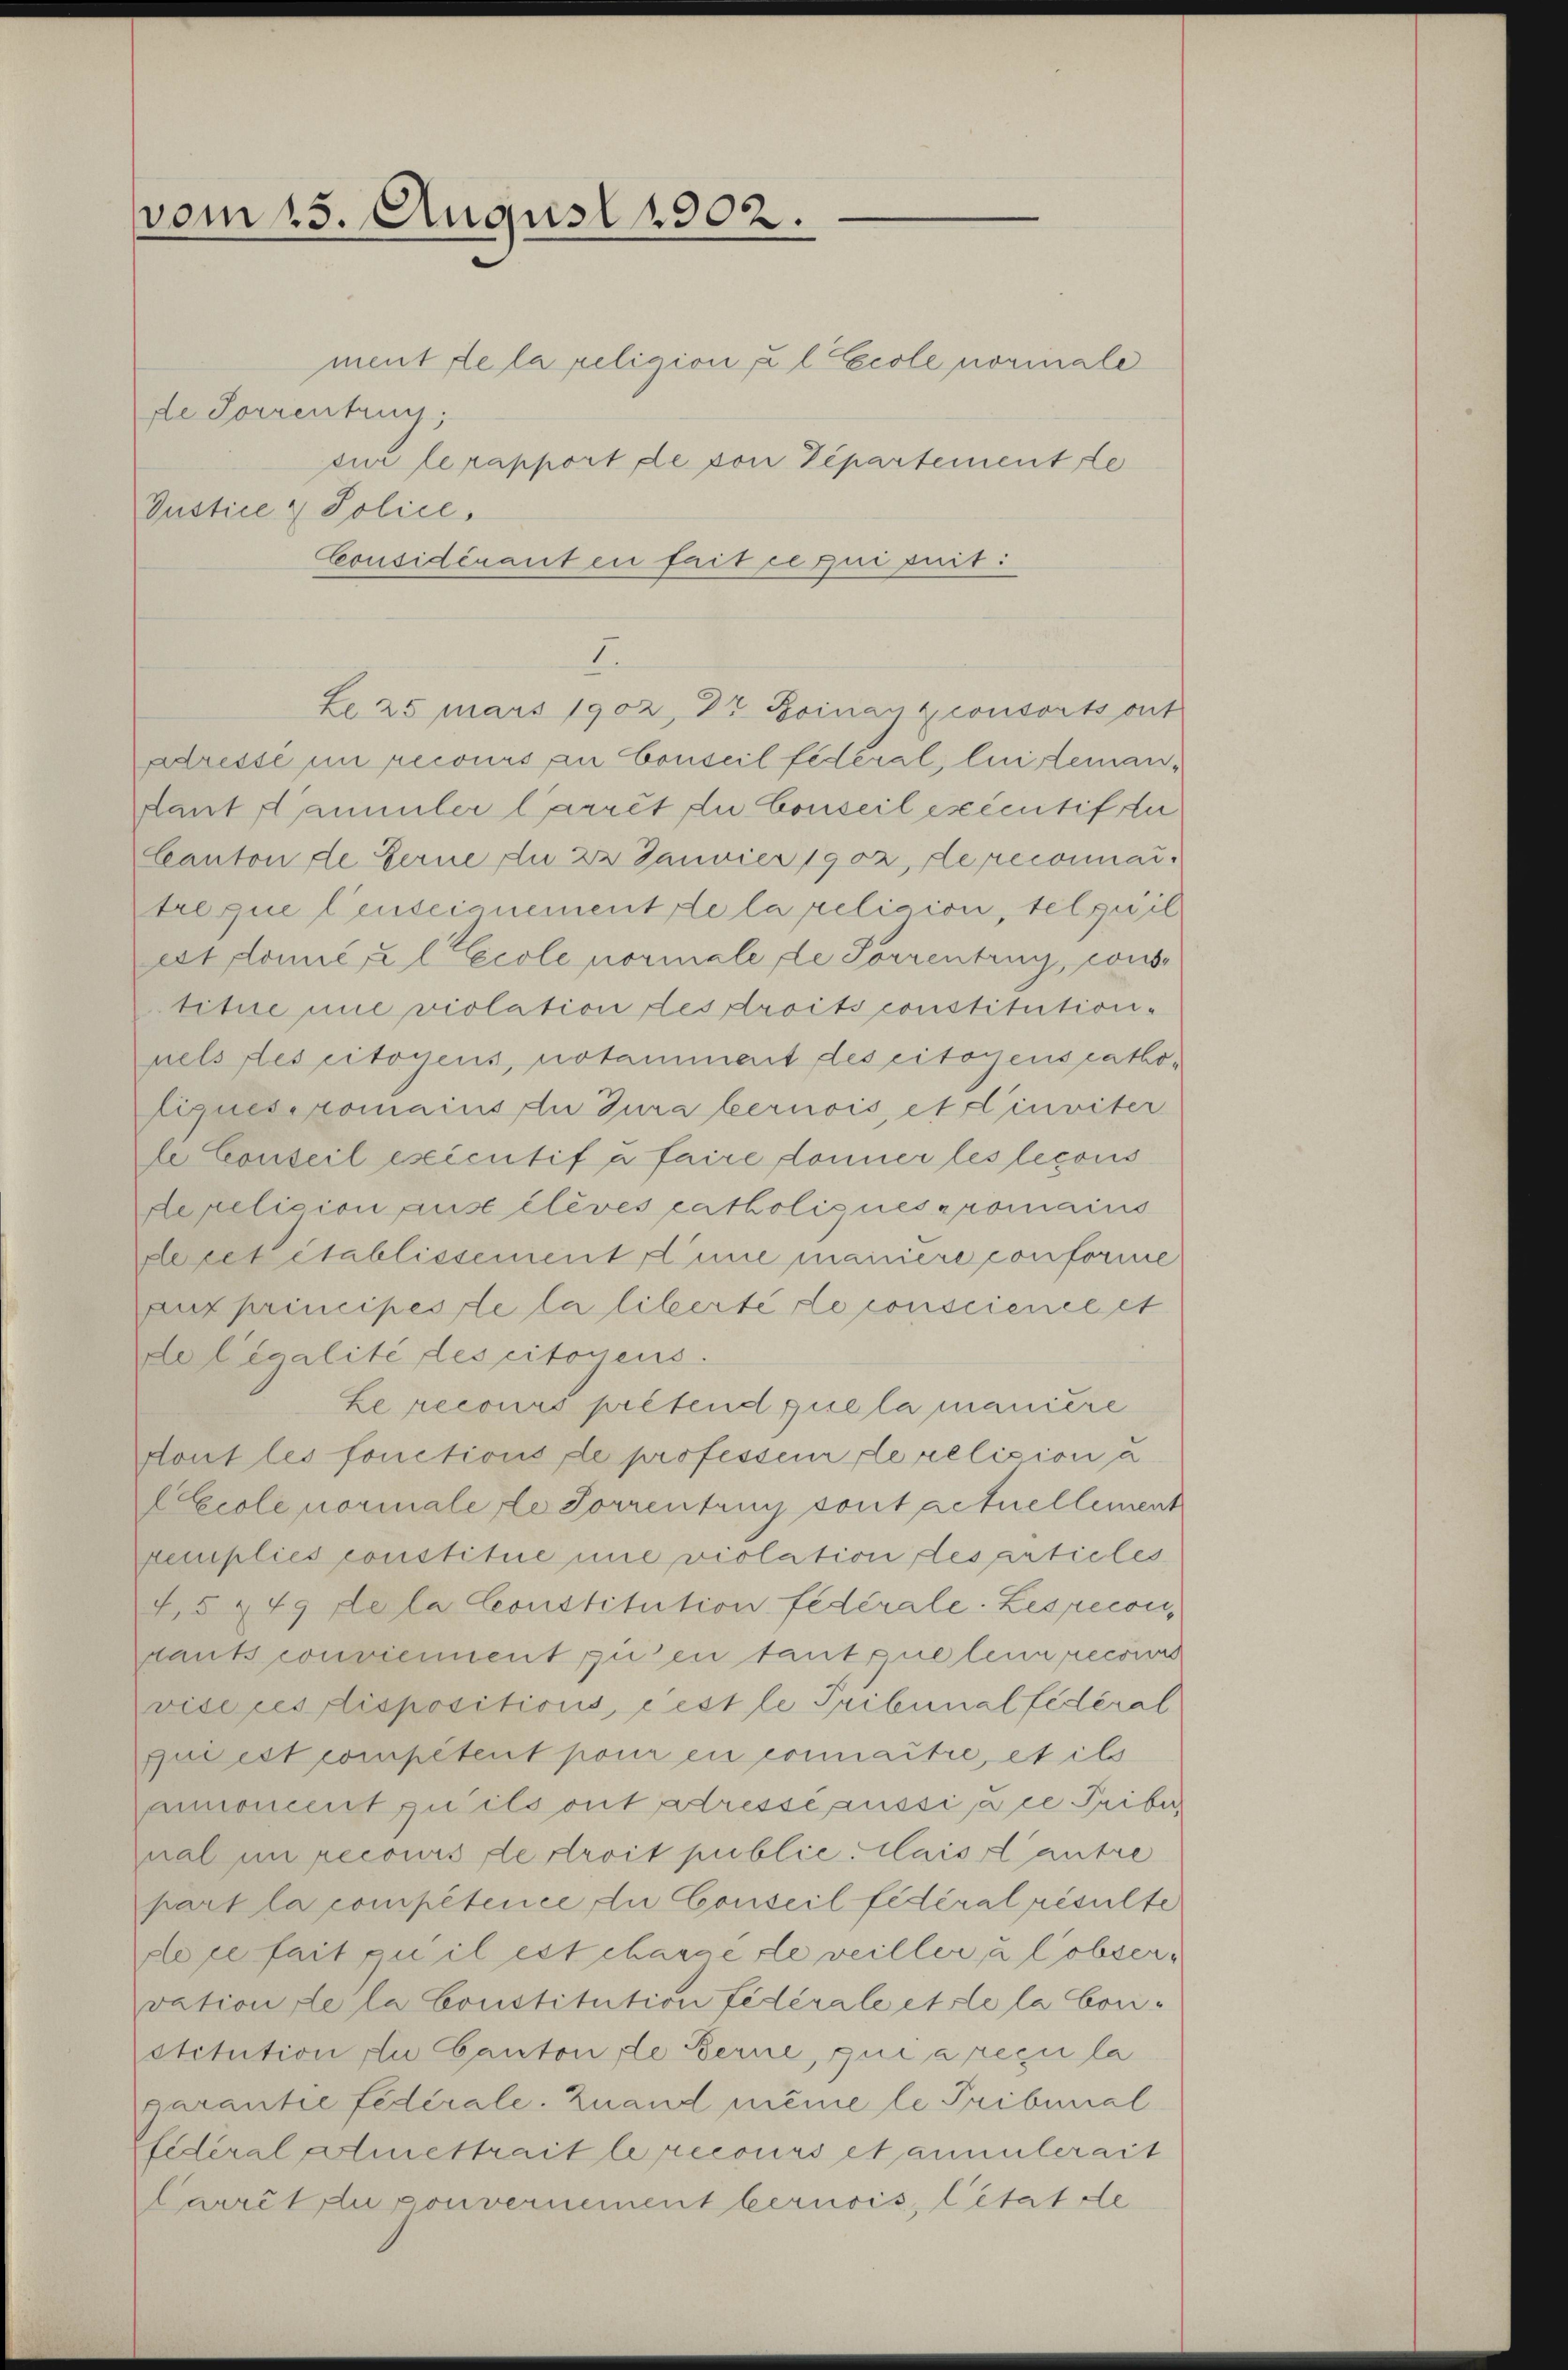
vom 15. August 1902.

Justice & Police¬
Considéranten fait ce qui suit:

ment de la religion u l Ecole nominale
de Sorrenting,
sur le rapport de von Departement te

dant Kammler l’arrêt du Conseil excentif der
Canton de Ferne an 22 Janvier 1902, dereconnai
treque leutecanement de la religion, telpuil
cet donić, u l Ecole normale de Sorrentrug, wiese
titue mie violation des droits constitutionnels des citoyens, notammert des citoyens catholiquesiromains du Jura bernois, et inviter
le Conseil exécutif à faire donner les lecons
Aerilision aus élevés catholisies promains
decet établissement d’une maniere conforme
aux principes de la liberté de conscience et
Le légalité des citoyens.
Le recours prétend que la manière
dont les fonctions de professorir de religion a
Ecole normale de Sorrentung sont actuellement
xemplies constitue une violation des articles
45 749 de la Constitution fédérale. Les recon
pants conviennent zu en tant que leur recours
vice ces dispositions, c est le Pribunal fédéral
que est compétent pour en connaître, et ils
moment zu ils ont dressépussi à ce Priber,
pal im recours de droit public. Claisantre
part la compétence die Conseil fédéral résulte
lce fait qui il est charge de veiller, u Cobservation de la Constitution fédérale et de la bon-
stitution du Canton de Ferne, qui a reçu la
garantie fédérale. Zuand même le Tribunal
federal Almettrait le recours et annulerait
Carrêt du gouvernement bernois, Citat de

I.
Le 25 mars 1902, 84 Roinay zconsorts ont
dresse im recours an Conseil fédéral, lindeman¬